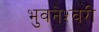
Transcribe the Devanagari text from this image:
भुवनेश्‍वरी